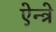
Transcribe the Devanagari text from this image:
ऐन्त्रे